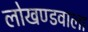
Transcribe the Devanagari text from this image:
लोखण्डवाला